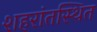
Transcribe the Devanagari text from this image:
शहरांतस्थित